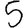
Digit: 5